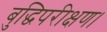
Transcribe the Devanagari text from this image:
बुद्धिपरीक्षण।